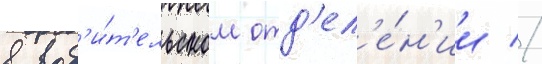
в вод'и́т'ельском отд'ел'е́н'ии //